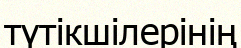
түтікшілерінің